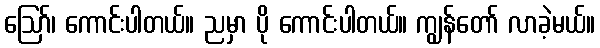
ဪ၊ ကောင်းပါတယ်။ ညမှာ ပို ကောင်းပါတယ်။ ကျွန်တော် လာခဲ့မယ်။